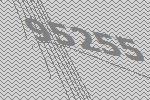
95255